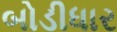
બોડીધાર